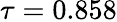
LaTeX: \tau=0.858